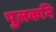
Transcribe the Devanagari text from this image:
पुलकनि